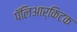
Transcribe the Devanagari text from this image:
पॅलिआर्किटक